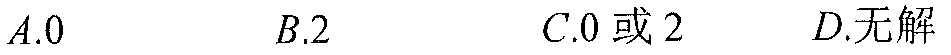
\(A.0\)  \(B.2\)  \(C.0或2\)  \(D.无解\)